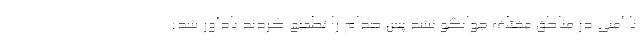
نا امنی در مناطق مختلف جوابگو نشد پس صدام را تطمیع کردند یادآور شد: